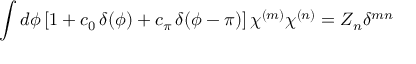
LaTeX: \int d \phi \, [ 1 + c _ { 0 } \, \delta ( \phi ) + c _ { \pi } \, \delta ( \phi - \pi ) ] \, \chi ^ { ( m ) } \chi ^ { ( n ) } = Z _ { n } \delta ^ { m n }